Newspaper: Lamoille newsdealer. [volume]
Place of publication: Hyde Park, Vt.
Publisher: S. Howard Jr.
Date: 1865-11-15 00:00:00
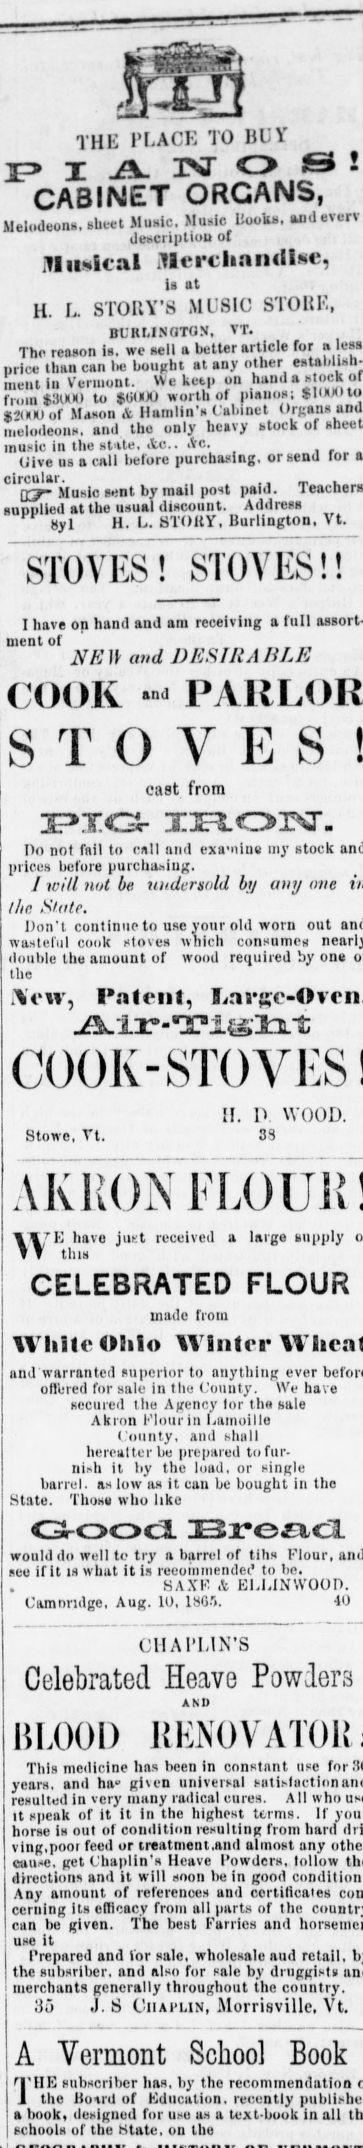
Advertisement text (OCR):
THE PLACE TO BUY PIANOS! CABINET ORGANS, ilelodeons. sheet Music. Music Rooks, mdevcrv description of llusical JIei-cl.ain.lM;, is at H. L STORY'S MUSIC STORE, BURLINGTON. TT. The reason is. we sell a better article for esUblish estai - llsn price than can lie bought at any inner nieiitiu Vermont. Weketp on hand r u.al ... Clillll will III Of IlinllOS r ti .un .t, Humlin's Cabinet Oreans and ' .l melodeons. and tho only heavy stock of music in the sUte, Ac .vc. , r Oive us a call tielore jiurcnasing, urseuu circular. . q- Music sent by mail post paid. supplied at the usual discount. Address STOVES !S1 0VES ! ! I have on hand and am receiving a full assort ment of NK and DESIRABLE COOK " STOVES cast from PIG 3I3FS.OrJ- Ilo not fail to call and exa-nlue my stock prices before purchasing. I will not be undersold by ang one the State. Don't continue to use your old worn out wasteful cook stoves which consumes double the amount of wood required by on the ietv, I'alent, II. P. WOOD. 33 Stowe, Vt. AKRON FLOUR A,TE have just received T T tins a large supply CELEBRATED FLOUR made from White Ohio Winter and warranted superior to anything ever offered for sale in the County. We have secured the Agency lor the sale Akron Flour in Lamoille County, and shall hereattcr be prepared to fur nish it by the load, or single barrel, as low as it can be bought in the State. Those who like G-ood. JEZtcz3l would do well to try a barrel of tills Flour, see if it is what it is rccommendec1 to be. SAXE & ELLIN WOOD. Camnridge, Aug. 10, 1SG5. 40 CHAPLIN'S Celebrated Heave Powders AND BLOOD This medicine has been In constant use for years, and ha given universal satisfaction resulted in very many radical cures. All who it speak of it it in the highest terms. If horse is out of condition resulting from hard ving.poor feed or treatment jtnd almost any cause, get Chaplin's Heave I'owdcrs, lollow directions and it will soon be in good Any amount of references and certificates cerning Its efficacy from all parts of the can be given. Tbe best Fames and use it Prepared and lor sale, wholesale aud retail, the subsriber, and also for sale by druggists merchants generally throughout the country. 35 J. S Chaplin, Morrieville, Vt. A Vermont School Book 1'IIE subscriber has, by the recommendation the Hoard of Education, recently a book, designed for use as a text-book in all schools of tbe (State, on the
Label: illustrations